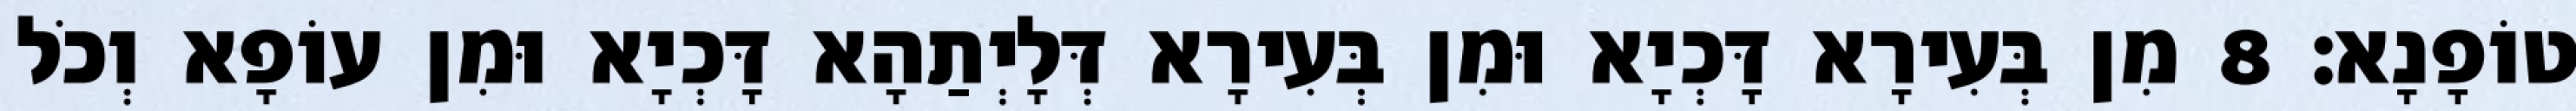
טוֹפָנָא׃ 8 מִן בְּעִירָא דָּכְיָא וּמִן בְּעִירָא דְּלָיְתַהָא דָּכְיָא וּמִן עוֹפָא וְכֹל